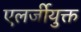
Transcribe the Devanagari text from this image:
एलर्जीयुक्त